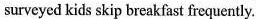
surveyed kids skip breakfast frequently.